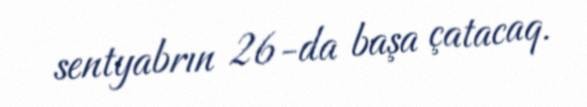
sentyabrın 26-da başa çatacaq.